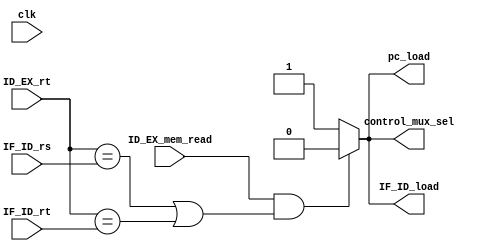

module hazard_detector(input clk , input[4:0] IF_ID_rs , input[4:0] IF_ID_rt , input[4:0] ID_EX_rt , input ID_EX_mem_read ,
 output pc_load , output IF_ID_load , output control_mux_sel
 );

 reg pc_load_reg , IF_ID_load_reg , control_mux_sel_reg;
 assign pc_load = pc_load_reg;
 assign IF_ID_load = IF_ID_load_reg;
 assign control_mux_sel = control_mux_sel_reg;


always@*
begin

pc_load_reg = 1;
IF_ID_load_reg =1;
control_mux_sel_reg = 1;

if((ID_EX_mem_read==1) && ( (ID_EX_rt==IF_ID_rs) || (ID_EX_rt==IF_ID_rt)))
	begin
		pc_load_reg=0;
		IF_ID_load_reg=0;
		control_mux_sel_reg=0;
	end


end







 endmodule